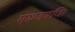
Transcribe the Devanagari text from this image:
गरुणमणि।